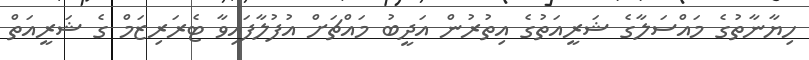
ހިޔާނާތުގެ މައްސަލާގެ ޝަރީއަތުގެ އިތުރުން އަދީބު މައްޗަށް އުފުލާފައިވާ ޓެރަރިޒަމް ގެ ޝަރީއަތް